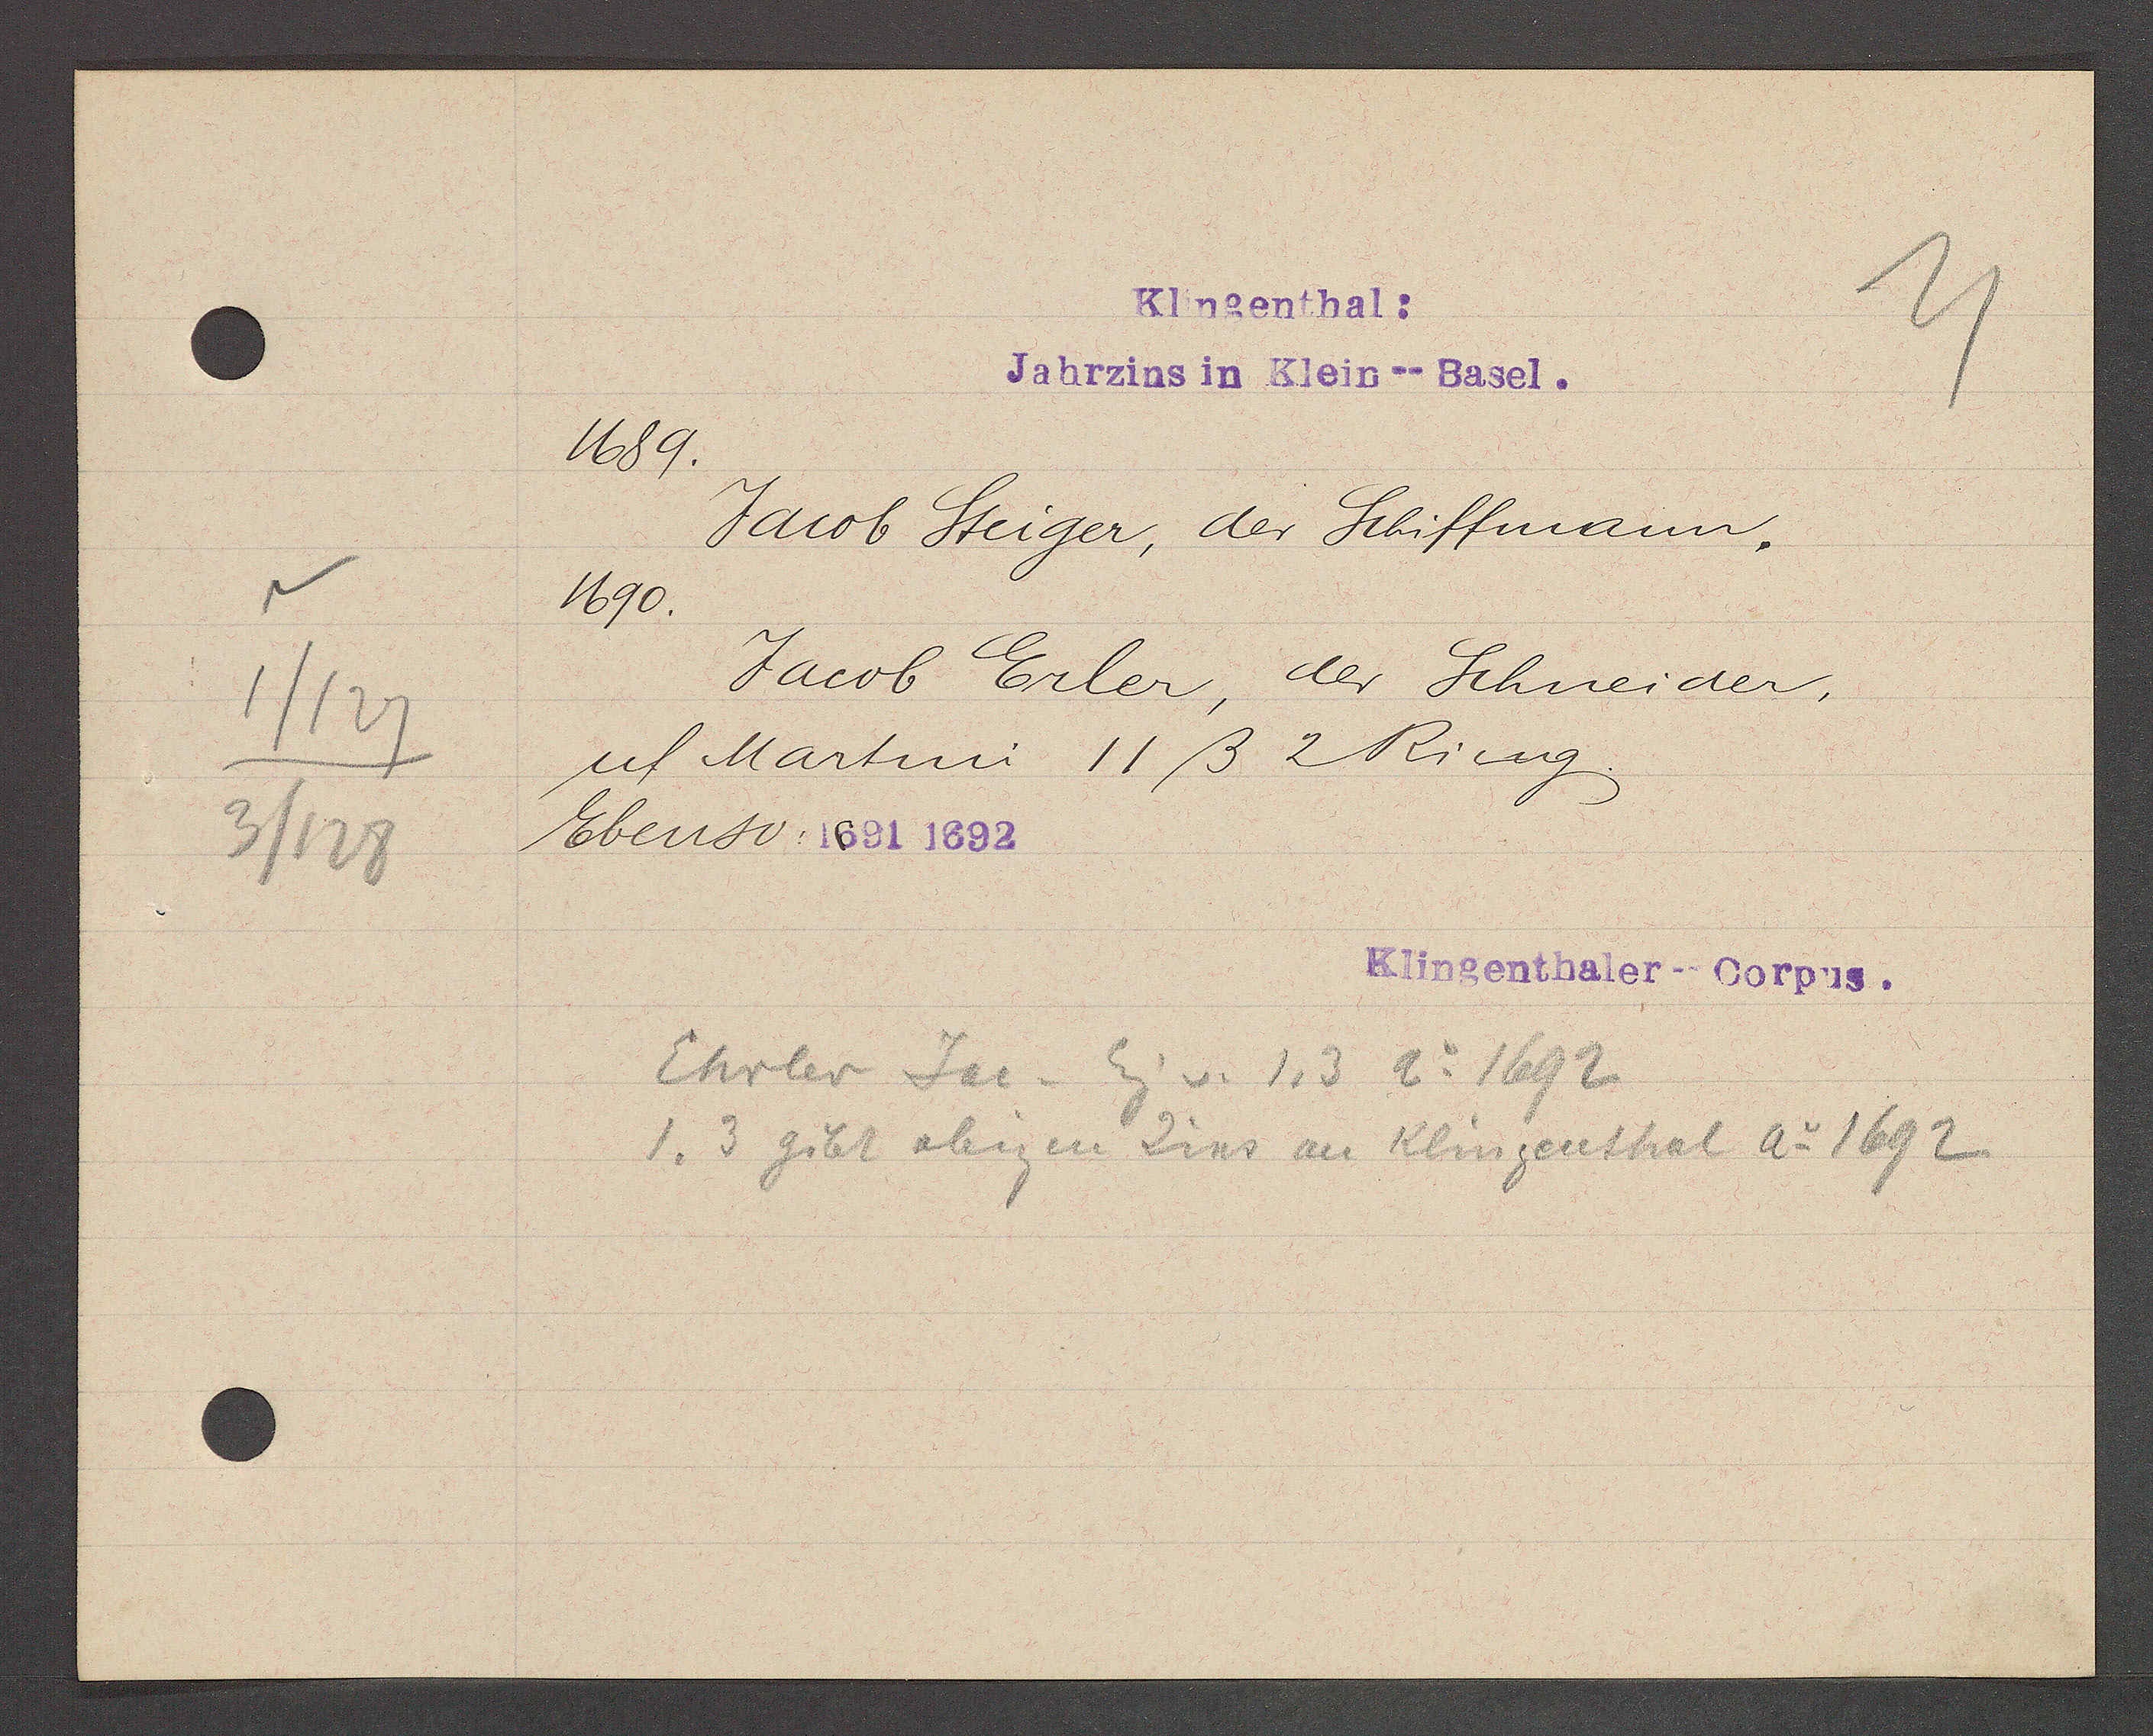
Transcript:
1/127
3/128

Klingenthal:
Jahrzins in Klein--Basel.

1689.
Jacob Steiger, der Schiffmann,
1690.
Jacob Erler, der Schneider,
uf Martini 11ß 2 Ring.
Ebenso: 1691 1692

Klingenthaler--Corpus.

Ehrler Jac. Eig v. 1, 3 Ao 1692
1. 3 gibt obigen Zins an Klingenthal Ao 1692